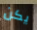
يكن